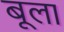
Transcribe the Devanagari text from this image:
बूला